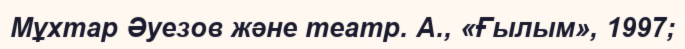
Мұхтар Әуезов және театр. А., «Ғылым», 1997;